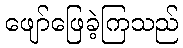
ဖျော်ဖြေခဲ့ကြသည်